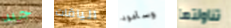
جيد الياقات وسأعود تناولتها